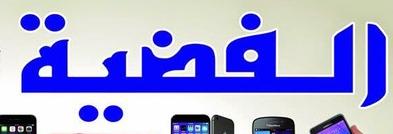
الفغية